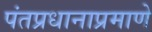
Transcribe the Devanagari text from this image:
पंतप्रधानाप्रमाणे